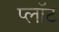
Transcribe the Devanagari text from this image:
प्‍लॉट